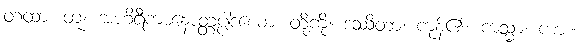
တထာ၊ တူ။ အဟိရီကာနောတ္တပ္ပါဒယော၊ တို့ကို။ ဒဿိတာ၊ ကုန်၏။ ကသ္မာ၊ ကား။